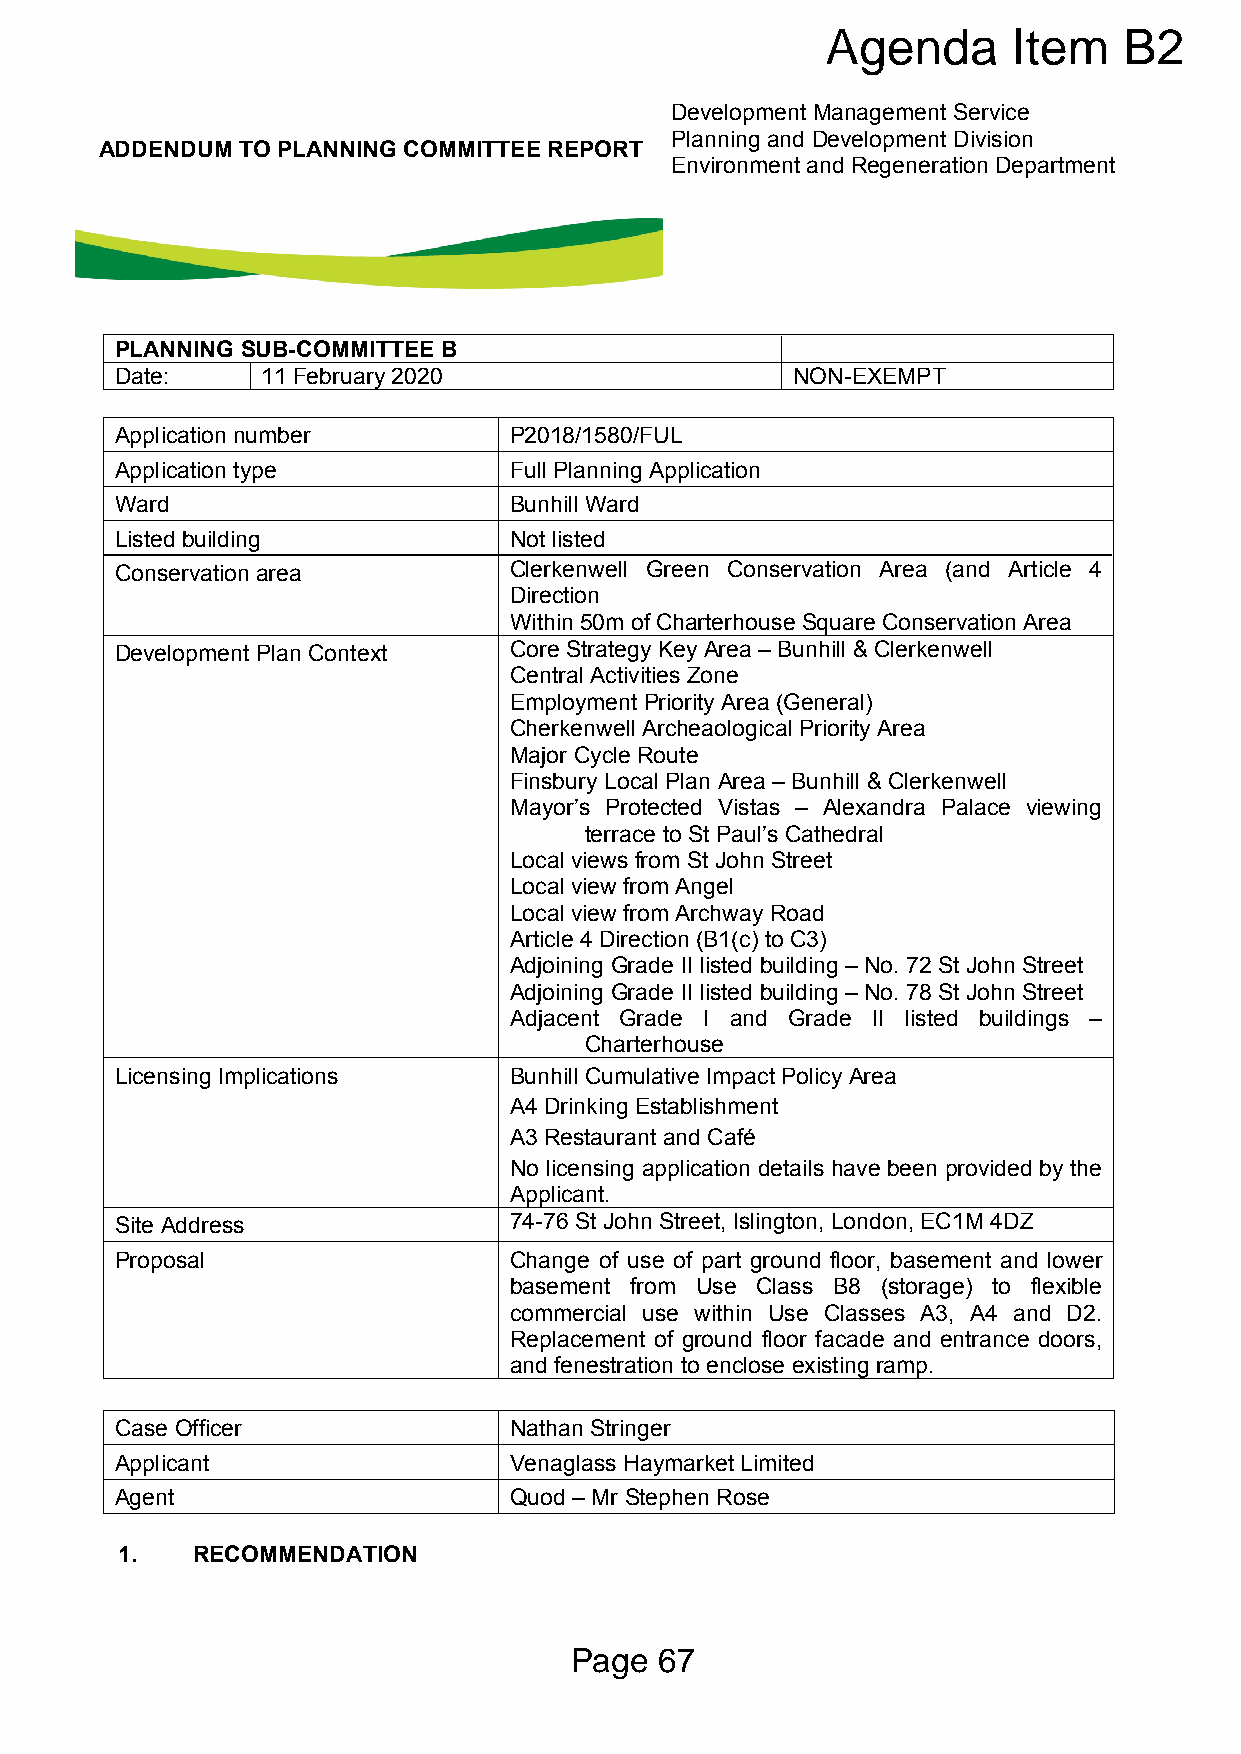
Agenda      Item   B2
 Development Management Service
 Planning and Development Division
 ADDENDUM TO PLANNING COMMITTEE REPORT
 Environment and Regeneration Department
 PLANNING SUB-COMMITTEE B
 Date:    11 February 2020                   NON-EXEMPT
 Application number        P2018/1580/FUL
 Application type          Full Planning Application
 Ward                      Bunhill Ward
 Listed building           Not listed
 Conservation area         Clerkenwell Green Conservation Area (and Article 4
 Direction
 Within 50m of Charterhouse Square Conservation Area
 Development Plan Context  Core Strategy Key Area – Bunhill & Clerkenwell
 Central Activities Zone
 Employment Priority Area (General)
 Cherkenwell Archeaological Priority Area
 Major Cycle Route
 Finsbury Local Plan Area – Bunhill & Clerkenwell
 Mayor’s Protected Vistas – Alexandra Palace viewing
 terrace to St Paul’s Cathedral
 Local views from St John Street
 Local view from Angel
 Local view from Archway Road
 Article 4 Direction (B1(c) to C3)
 Adjoining Grade II listed building – No. 72 St John Street
 Adjoining Grade II listed building – No. 78 St John Street
 Adjacent Grade I and Grade II listed buildings –
 Charterhouse
 Licensing Implications    Bunhill Cumulative Impact Policy Area
 A4 Drinking Establishment
 A3 Restaurant and Café
 No licensing application details have been provided by the
 Applicant.
 Site Address              74-76 St John Street, Islington, London, EC1M 4DZ
 Proposal                  Change of use of part ground floor, basement and lower
 basement from Use Class B8 (storage) to flexible
 commercial use within Use Classes A3, A4 and D2.
 Replacement of ground floor facade and entrance doors,
 and fenestration to enclose existing ramp.
 Case Officer              Nathan Stringer
 Applicant                 Venaglass Haymarket Limited
 Agent                     Quod – Mr Stephen Rose
 1.   RECOMMENDATION
 Page  67